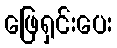
ဖြေရှင်းပေး